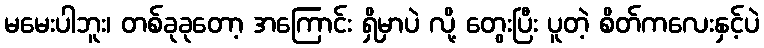
မမေးပါဘူး၊ တစ်ခုခုတော့ အကြောင်း ရှိမှာပဲ လို့ တွေးပြီး ပူတဲ့ စိတ်ကလေးနှင့်ပဲ